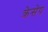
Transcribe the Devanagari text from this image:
क्रेसेप